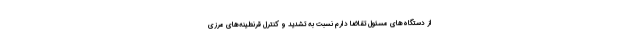
از دستگاه‌های مسئول تقاضا دارم نسبت به تشدید و کنترل قرنطینه‌های مرزی